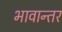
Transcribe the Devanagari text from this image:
भावान्तर